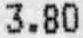
3.80